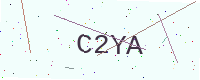
Text: C2YA